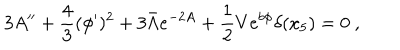
LaTeX: 3 A ^ { \prime \prime } + \frac { 4 } { 3 } ( \phi ^ { \prime } ) ^ { 2 } + 3 \bar { \Lambda } e ^ { - 2 A } + \frac { 1 } { 2 } V e ^ { b \phi } \delta ( x _ { 5 } ) = 0 ~ ,